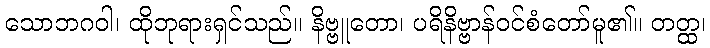
သောဘဂဝါ၊ ထိုဘုရားရှင်သည်။ နိဗ္ဗူတော၊ ပရိနိဗ္ဗာန်ဝင်စံတော်မူ၏။ တတ္ထ၊